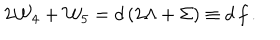
LaTeX: 2 { \cal W } _ { 4 } + { \cal W } _ { 5 } = d \left( 2 \Lambda + \Sigma \right) \equiv d \, f \, .